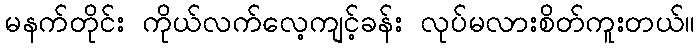
မနက်တိုင်း ကိုယ်လက်လေ့ကျင့်ခန်း လုပ်မလားစိတ်ကူးတယ်။